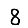
Digit: 8